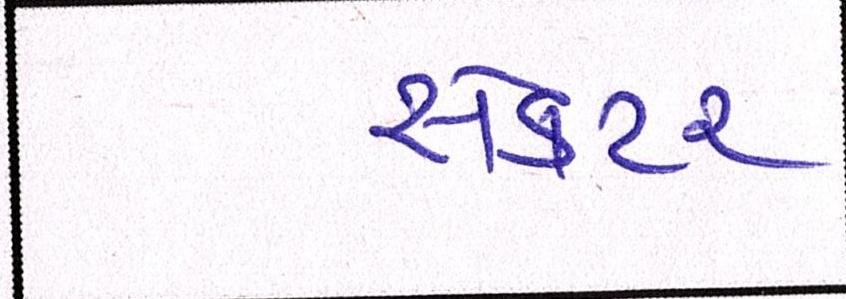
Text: સેકટર